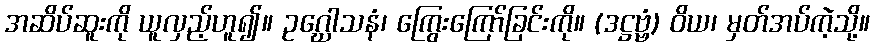
အဆိပ်ဆူးကို ယူလှည့်ဟူ၍။ ဥဂ္ဃေါသနံ၊ ကြွေးကြော်ခြင်းကို။ (ဒဋ္ဌဗ္ဗံ) ဝိယ၊ မှတ်အပ်ကဲ့သို့။